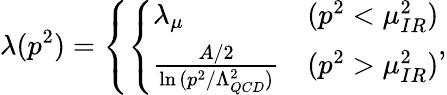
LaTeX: \lambda(p^{2})=\left\{ \left\{ \begin{array}{ll}{{\lambda_{\mu}}}&{{(p^{2}<\mu_{IR}^{2})}}\\ {{{\frac{A/2}{\ln{(p^{2}/\Lambda_{QCD}^{2})}}}}}&{{(p^{2}>\mu_{IR}^{2})}}\end{array}\right.\right.,